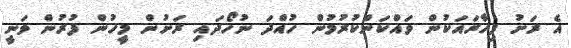
އެ ރަށު ފިހާރައަކުން ވައްކަންކުރުމުން ހުއްދަ ނުހޯދައި ރަށުން މީހުން ފުރުން ވަނީ